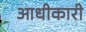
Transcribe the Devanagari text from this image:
आधीकारी